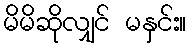
မိမိဆိုလျှင် မနှင်း။